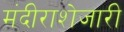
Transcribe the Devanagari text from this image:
मंदीराशेजारी